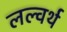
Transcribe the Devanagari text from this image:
लल्वर्थ